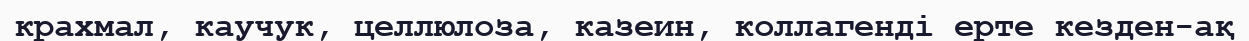
крахмал, каучук, целлюлоза, казеин, коллагенді ерте кезден-ақ